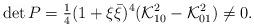
LaTeX: \begin{align*}\det P={\textstyle{\frac{1}{4}}}(1+\xi\bar{\xi})^4({\cal K}_{10}^2-{\cal K}_{01}^2)\neq0.\end{align*}